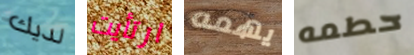
لديك ارتأيت يهمه حطمه